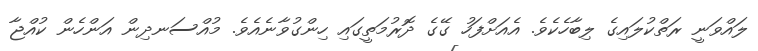
ލައްވަނީ ރަތްކުލައިގެ ލިބާހެކެވެ. އެއަށްފަހު ގޭގެ ދޮރުމަތީގައި ހިންގުވާނެއެވެ. މުއްސަނދިން އަންހެން ކުއްޖާ